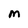
Character: M